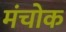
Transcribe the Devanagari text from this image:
मंचोक